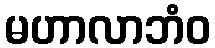
မဟာလာဘံဝ